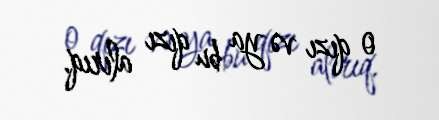
o qızı və ya bu qızı alırıq.